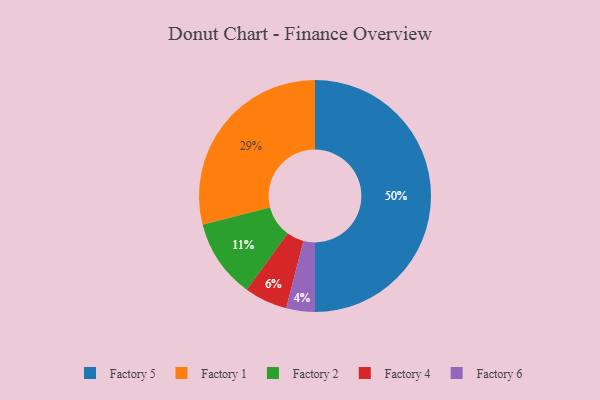
{"axis": {"x": "Category", "y": "Percentage"}, "legend": ["Factory 1", "Factory 2", "Factory 4", "Factory 5", "Factory 6"], "data": [{"x": "Factory 6", "y": 4, "type": "Factory 6"}, {"x": "Factory 4", "y": 6, "type": "Factory 4"}, {"x": "Factory 2", "y": 11, "type": "Factory 2"}, {"x": "Factory 5", "y": 50, "type": "Factory 5"}, {"x": "Factory 1", "y": 29, "type": "Factory 1"}]}